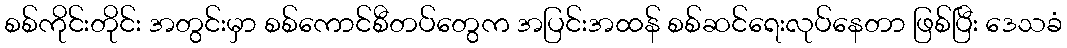
စစ်ကိုင်းတိုင်း အတွင်းမှာ စစ်ကောင်စီတပ်တွေက အပြင်းအထန် စစ်ဆင်ရေးလုပ်နေတာ ဖြစ်ပြီး ဒေသခံ